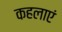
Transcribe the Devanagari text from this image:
कहलाएं